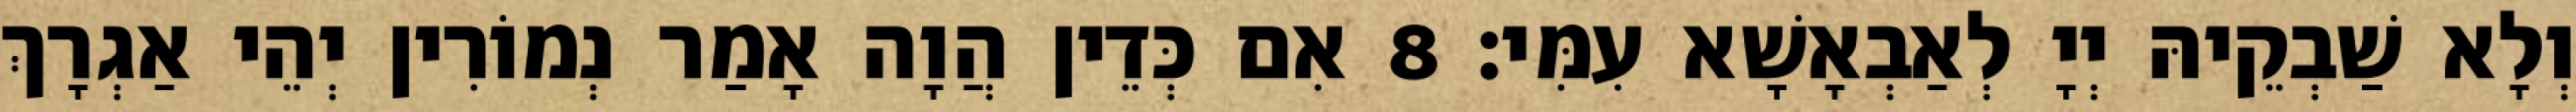
וְלָא שַׁבְקֵיהּ יְיָ לְאַבְאָשָׁא עִמִּי׃ 8 אִם כְּדֵין הֲוָה אָמַר נְמוֹרִין יְהֵי אַגְרָךְ